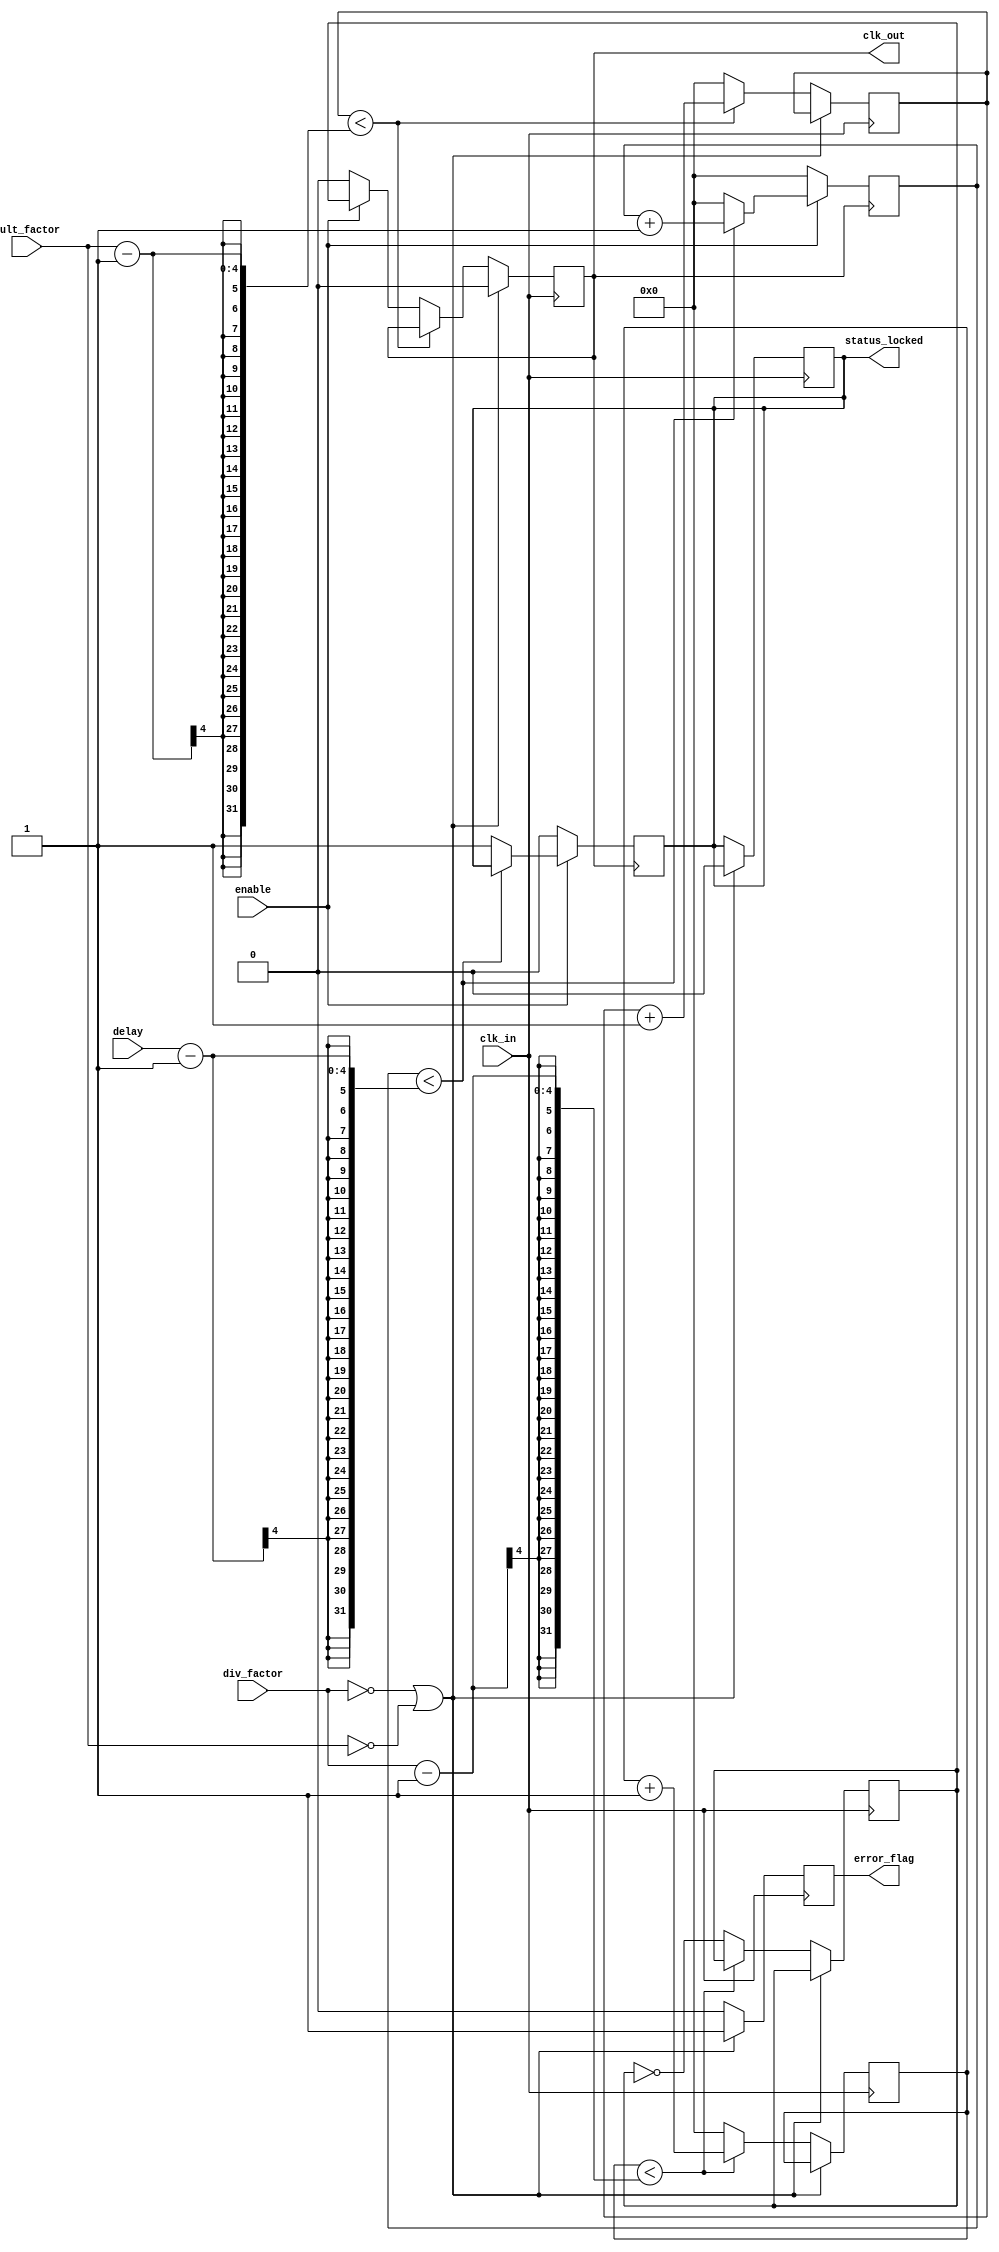
module ProgrammableClockBuffer (
    input wire clk_in,                   // Primary clock input
    input wire [3:0] div_factor,         // Division factor for clock output (for example, 1 to 16)
    input wire [3:0] mult_factor,        // Multiplication factor for clock output (for example, 1 to 16)
    input wire [3:0] delay,              // Delay setting (in clock cycles)
    input wire enable,                   // Enable signal for clock output
    output reg clk_out,                  // Output clock signal
    output reg status_locked,            // Status indicator for locked signal
    output reg error_flag                // Error flag for any issues
);

// Internal signals
reg [3:0] clk_div_count = 0;           // Counter for clock division
reg [3:0] clk_mult_count = 0;          // Counter for clock multiplication
reg clk_mult_temp = 0;                 // Temporary clock signal for multiplication
reg [3:0] delay_count = 0;             // Counter for delay

// Clock division and multiplication
always @(posedge clk_in) begin
    // Reset the counters when division/multiplication factors are zero
    if (div_factor == 0 || mult_factor == 0) begin
        error_flag <= 1;                 // Set error flag
        clk_out <= 0;                    // Disable output clock
        status_locked <= 0;              // Not locked
    end else begin
        error_flag <= 0;                 // Clear error flag
        
        // Clock Division
        if (clk_div_count < div_factor - 1) begin
            clk_div_count <= clk_div_count + 1;
        end else begin
            clk_div_count <= 0;
            clk_mult_temp <= ~clk_mult_temp; // Toggle for multiplication
        end
        
        // Clock Multiplication
        if (clk_mult_count < mult_factor - 1) begin
            clk_mult_count <= clk_mult_count + 1;
        end else begin
            clk_mult_count <= 0;
            if (enable) begin
                clk_out <= clk_mult_temp; // Assign the multiplied clock to output
            end else begin
                clk_out <= 0;              // Disable output clock
            end
        end
    end
end

// Delay control
always @(posedge clk_out) begin
    if (enable) begin
        if (delay_count < delay - 1) begin
            delay_count <= delay_count + 1;
        end else begin
            delay_count <= 0;
            // Here you can implement the actual delay logic as required
            // For now, we just assume the output is valid after the delay
            status_locked <= 1; // Indicate that the output is locked
        end
    end else begin
        delay_count <= 0; // Reset delay count when disabled
        status_locked <= 0; // Not locked when disabled
    end
end

endmodule